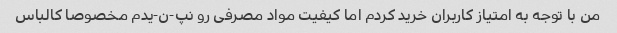
من با توجه به امتیاز کاربران خرید کردم اما کیفیت مواد مصرفی رو نپ-ن-یدم مخصوصا کالباس